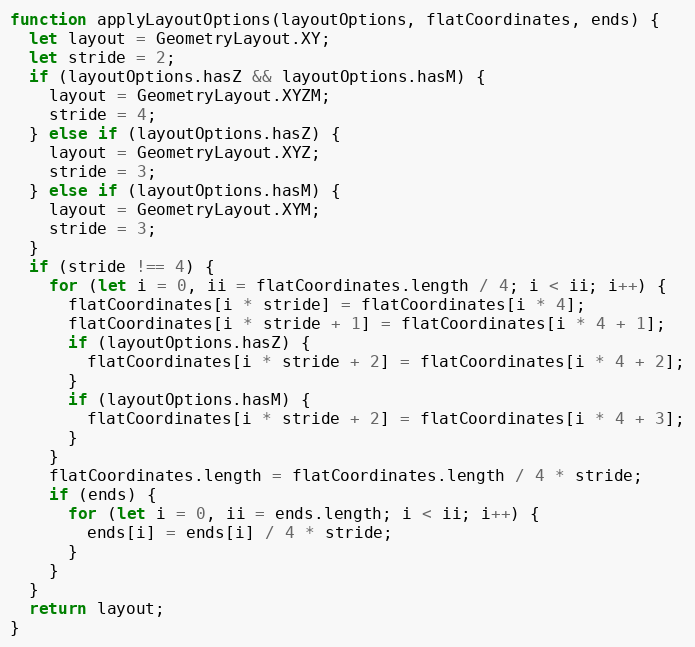
Language: JavaScript
function applyLayoutOptions(layoutOptions, flatCoordinates, ends) {
  let layout = GeometryLayout.XY;
  let stride = 2;
  if (layoutOptions.hasZ && layoutOptions.hasM) {
    layout = GeometryLayout.XYZM;
    stride = 4;
  } else if (layoutOptions.hasZ) {
    layout = GeometryLayout.XYZ;
    stride = 3;
  } else if (layoutOptions.hasM) {
    layout = GeometryLayout.XYM;
    stride = 3;
  }
  if (stride !== 4) {
    for (let i = 0, ii = flatCoordinates.length / 4; i < ii; i++) {
      flatCoordinates[i * stride] = flatCoordinates[i * 4];
      flatCoordinates[i * stride + 1] = flatCoordinates[i * 4 + 1];
      if (layoutOptions.hasZ) {
        flatCoordinates[i * stride + 2] = flatCoordinates[i * 4 + 2];
      }
      if (layoutOptions.hasM) {
        flatCoordinates[i * stride + 2] = flatCoordinates[i * 4 + 3];
      }
    }
    flatCoordinates.length = flatCoordinates.length / 4 * stride;
    if (ends) {
      for (let i = 0, ii = ends.length; i < ii; i++) {
        ends[i] = ends[i] / 4 * stride;
      }
    }
  }
  return layout;
}